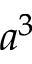
a ^ { 3 }